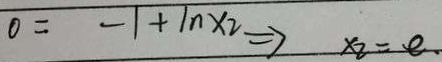
0 = - 1 + \ln x _ { 2 } \Rightarrow x _ { 2 } = e .